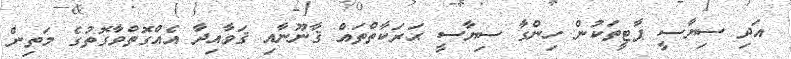
އަދި ސިޔާސީ ޕާޓީތަކުން ހިންގާ ސިޔާސީ ޙަރަކާތްތައް ޤާނޫނާއި ޤަވާއިދާ އެއްގޮތްވާގޮތުގެ މަތިން